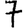
Digit: 7